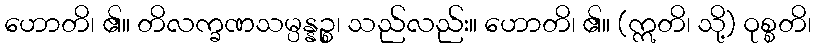
ဟောတိ၊ ၏။ တိလက္ခဏသမ္ပန္နဉ္စ၊ သည်လည်း။ ဟောတိ၊ ၏။ (ဣတိ၊ သို့) ဝုစ္စတိ၊